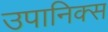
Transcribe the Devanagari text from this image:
उपानिक्स